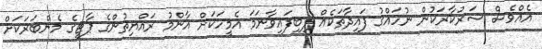
އެއްވެސް ސަރުކާރަކުން ނުހައްގު ފައިދާތަކެއް ލިބިފައިވާނަމަ އެމީހަކަށް އާންމު ރައްޔިތުންގެ ޕާޓީގެ މެންބަރަކަށް